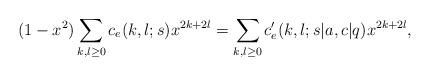
LaTeX: \begin{align*}&(1-x^2)\sum_{k,l\geq 0} c_e(k,l;s) x^{2k+2l}=\sum_{k,l\geq 0} c'_e(k,l;s|a,c|q) x^{2k+2l}, \end{align*}